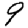
Digit: 9